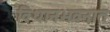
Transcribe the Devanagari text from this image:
विधानभवनात